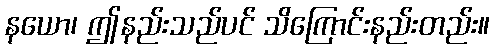
နယော၊ ဤနည်းသည်ပင် သိကြောင်းနည်းတည်း။